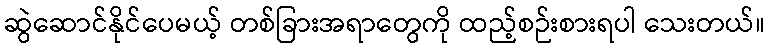
ဆွဲဆောင်နိုင်ပေမယ့် တစ်ခြားအရာတွေကို ထည့်စဉ်းစားရပါ သေးတယ်။